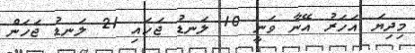
މިދިޔަ އަހަރު އޭނާ ވަނީ 10 ލަނޑު ޖަހައި 21 ލަނޑު ޖަހަން